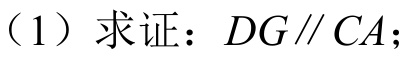
（1）求证：\(DG\parallel CA\)；